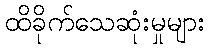
ထိခိုက်သေဆုံးမှုများ